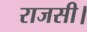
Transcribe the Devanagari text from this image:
राजसी।